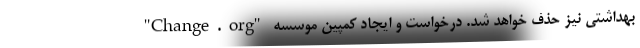
بهداشتی نیز حذف خواهد شد. درخواست و ایجاد کمپین‌ موسسه "Change.org"